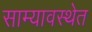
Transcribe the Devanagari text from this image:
साम्यावस्थेत